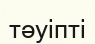
тәуіпті